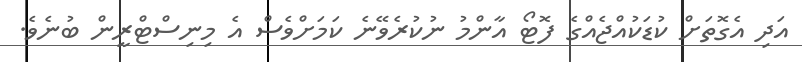
އަދި އެގޮތަށް ކުޑަކުއްޖެއްގެ ފޮޓޯ އާންމު ނުކުރެވޭނެ ކަމަށްވެސް އެ މިނިސްޓްރީން ބުނެވެ.